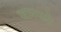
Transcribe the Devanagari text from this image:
जानपदी